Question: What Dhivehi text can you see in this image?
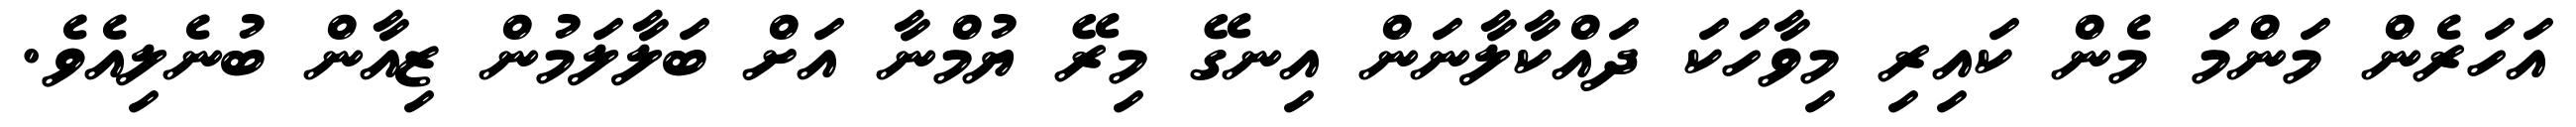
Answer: އަހަރެން މަންމަ މެން ކައިރި މިވާހަކަ ދައްކާލާނަން އިނގޭ މިރޭ ޔުމްނާ އަށް ބަލާލަމުން ޒިއާން ބުނެލިއެވެ.